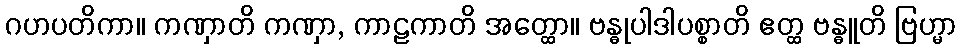
ဂဟပတိကာ။ ကဏှာတိ ကဏှာ, ကာဠကာတိ အတ္ထော။ ဗန္ဓုပါဒါပစ္စာတိ ဧတ္ထ ဗန္ဓူတိ ဗြဟ္မာ